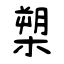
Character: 槊